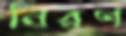
নিরণ